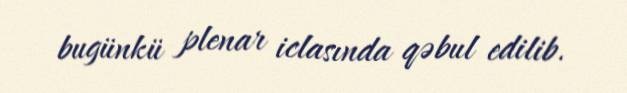
bugünkü plenar iclasında qəbul edilib.